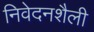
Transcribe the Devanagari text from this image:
निवेदनशैली